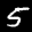
Label: 5